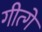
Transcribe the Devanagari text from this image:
गीत्गे